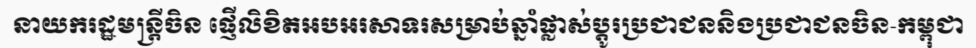
នាយករដ្ឋមន្ត្រីចិន ផ្ញើលិខិតអបអរសាទរសម្រាប់ឆ្នាំផ្លាស់ប្តូរប្រជាជននិងប្រជាជនចិន-កម្ពុជា